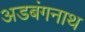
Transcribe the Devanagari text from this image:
अडबंगनाथ